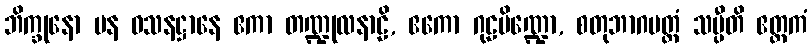
ဘိက္ခုနော ပန ဝသနဋ္ဌာနေ ဧကာ တဏ္ဍုလနာဠိ, ဧကော ဂုဠပိဏ္ဍော, စတုဘာဂမတ္တံ သပ္ပီတိ ဧတ္တကံ